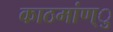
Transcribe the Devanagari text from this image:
काठमांण्ु